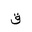
Letter: _qaf